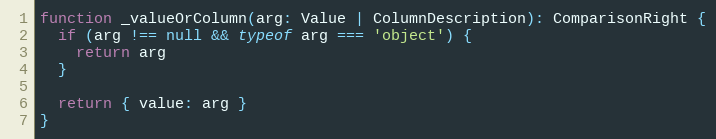
Language: JavaScript
function _valueOrColumn(arg: Value | ColumnDescription): ComparisonRight {
  if (arg !== null && typeof arg === 'object') {
    return arg
  }

  return { value: arg }
}